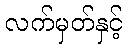
လက်မှတ်နှင့်